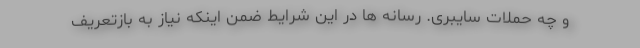
و چه حملات سایبری. رسانه ها در این شرایط ضمن اینکه نیاز به بازتعریف